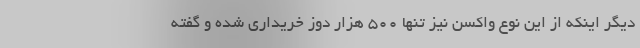
دیگر اینکه از این نوع واکسن نیز تنها 500 هزار دوز خریداری شده و گفته